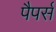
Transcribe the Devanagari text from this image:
पैपर्स